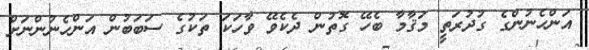
އަންހެނުންގެ ގުދުރަތީ މަޤާމާ ބެހޭ ގޮތުން ދެކެވޭ ވާހަކަ ތަކުގެ ސަބަބުން އަންހެނުންނަށް